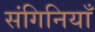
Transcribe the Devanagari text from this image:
संगिनियाँ